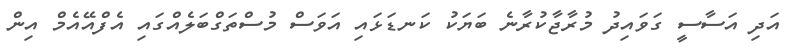
އަދި އަސާސީ ގަވައިދު މުރާޖާކުރާނެ ބަޔަކު ކަނޑަޅައި އަވަސް މުސްތަގްބަލެއްގައި އެފްއޭއެމް އިން